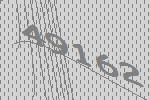
49162